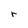
Character: r